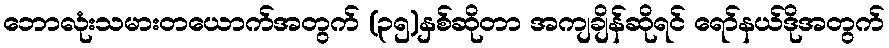
ဘောလုံးသမားတယောက်အတွက် (၃၅)နှစ်ဆိုတာ အကျချိန်ဆိုရင် ရော်နယ်ဒိုအတွက်